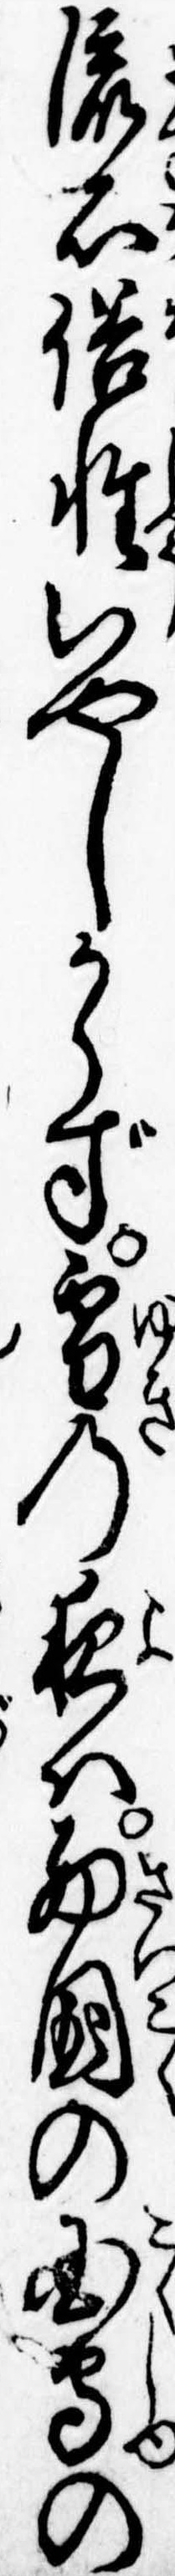
流石俗性いやしからず雪の夜は西国の国主の